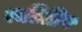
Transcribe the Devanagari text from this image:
रूढिप्रिय